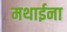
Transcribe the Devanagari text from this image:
मथाईना